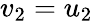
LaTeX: v_{2}=u_{2}